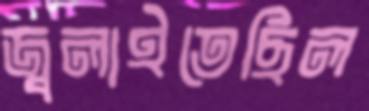
জ্বলাইতেছিল